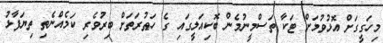
މިހަގީގަށް އޮޅުވުމަށް ޓަކާ ތަސްމީނުމެން ބޮކިއަލީގައި ގެ ހަޠުރަތަށް ބިރުވެރި ކަމެއްނެތި ތިޔަފާޅު